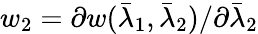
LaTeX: w_{2}=\partial w(\bar{\lambda}_{1},\bar{\lambda}_{2})/\partial\bar{\lambda}_{2}